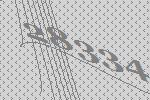
28334